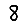
Digit: 8